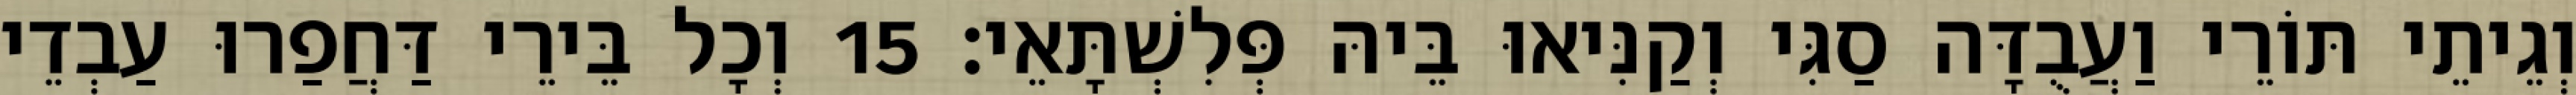
וְגֵיתֵי תּוֹרֵי וַעֲבֻדָּה סַגִּי וְקַנִּיאוּ בֵּיהּ פְּלִשְׁתָּאֵי׃ 15 וְכָל בֵּירֵי דַּחֲפַרוּ עַבְדֵי